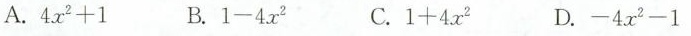
A.$$4x2+1$$ B.$$ 1-4x2$$ C.$$1+4x2 $$D.$$-4x2-1 $$